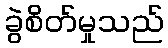
ခွဲစိတ်မှုသည်